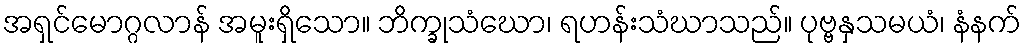
အရှင်မောဂ္ဂလာန် အမူးရှိသော။ ဘိက္ခုသံဃော၊ ရဟန်းသံဃာသည်။ ပုဗ္ဗနှသမယံ၊ နံနက်